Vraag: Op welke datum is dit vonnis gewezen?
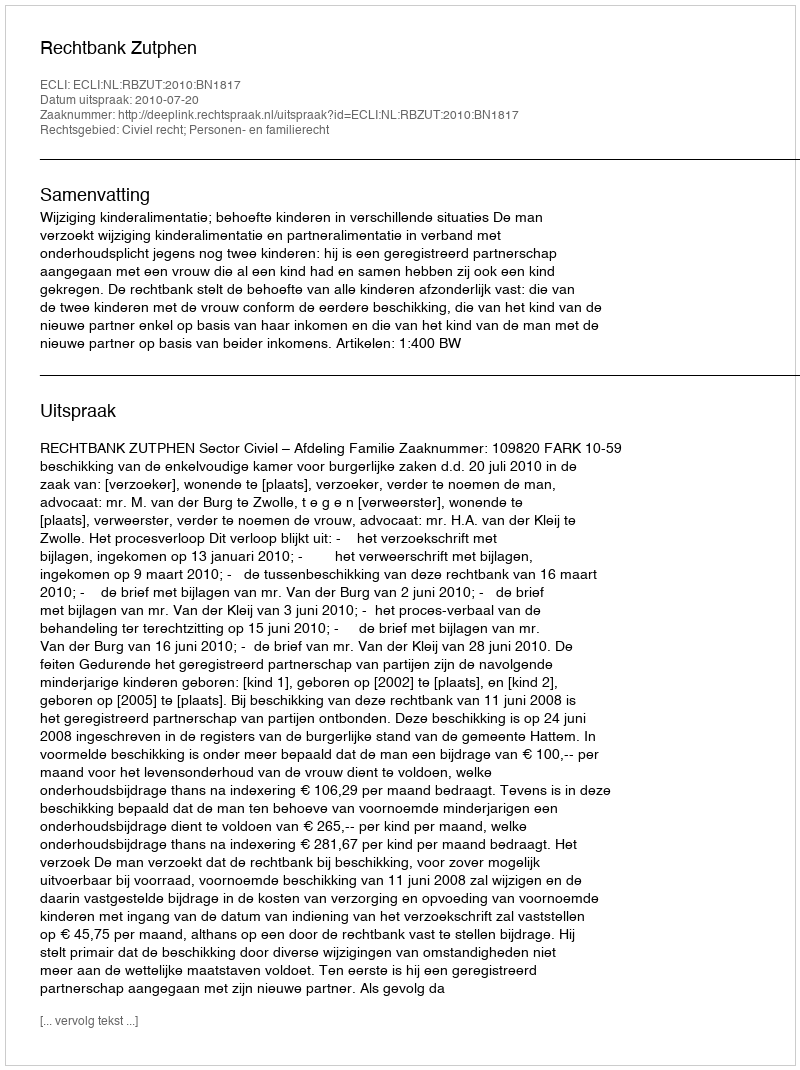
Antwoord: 2010-07-20